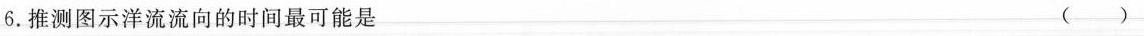
6.推测图示洋流流向的时间最可能是 ()